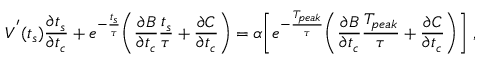
V ^ { ' } ( t _ { s } ) \frac { \partial t _ { s } } { \partial t _ { c } } + e ^ { - \frac { t _ { s } } { \tau } } \Bigg ( \frac { \partial B } { \partial t _ { c } } \frac { t _ { s } } { \tau } + \frac { \partial C } { \partial t _ { c } } \Bigg ) = \alpha \Bigg [ e ^ { - \frac { T _ { p e a k } } { \tau } } \Bigg ( \frac { \partial B } { \partial t _ { c } } \frac { T _ { p e a k } } { \tau } + \frac { \partial C } { \partial t _ { c } } \Bigg ) \Bigg ] ~ ,